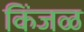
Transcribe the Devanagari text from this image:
किंजळ